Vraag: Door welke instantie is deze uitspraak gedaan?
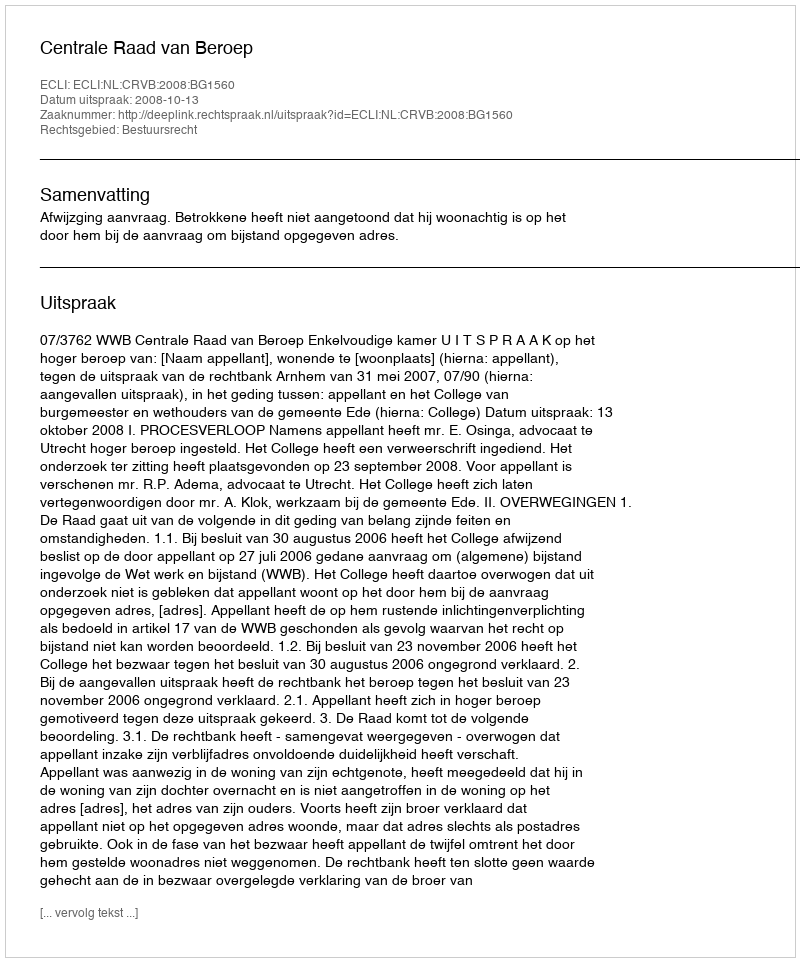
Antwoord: Centrale Raad van Beroep